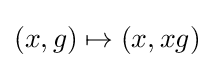
(x,g)\mapsto (x,xg)